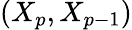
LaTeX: (X_{p},X_{p-1})